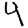
Digit: 4